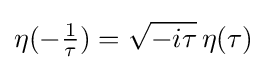
\eta (-{\tfrac {1}{\tau }})={\sqrt {-i\tau }}\,\eta (\tau )